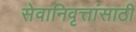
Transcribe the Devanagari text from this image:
सेवानिवृत्तांसाठी